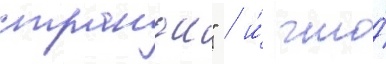
странои" / и́ что́